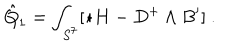
\hat { Q } _ { 1 } = \int _ { S ^ { 7 } } [ \star H - D ^ { + } \wedge B ^ { \prime } ] \ .